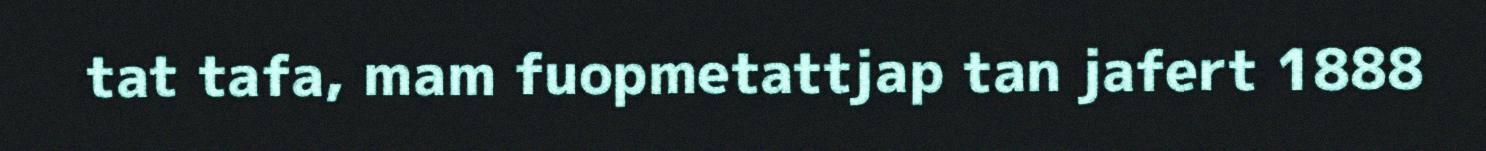
tat tafa, mam fuopmetattjap tan jafert 1888